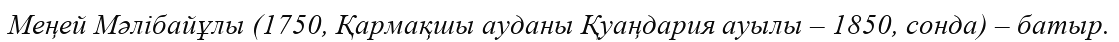
Меңей Мәлібайұлы (1750, Қармақшы ауданы Қуаңдария ауылы – 1850, сонда) – батыр.